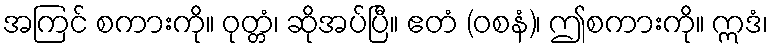
အကြင် စကားကို။ ဝုတ္တံ၊ ဆိုအပ်ပြီ။ ဧတံ (ဝစနံ)၊ ဤစကားကို။ ဣဒံ၊